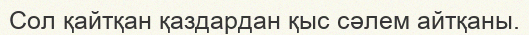
Сол қайтқан қаздардан қыс сәлем айтқаны.